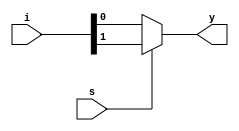
`timescale 1ns / 1ps
//////////////////////////////////////////////////////////////////////////////////
// Company: 
// Engineer: 
// 
// Design Name: 
// Module Name:    mux_2_1 
// Project Name: 
// Target Devices: 
// Tool versions: 
// Description: 
//
// Dependencies: 
//
// Revision: 
// Revision 0.01 - File Created
// Additional Comments: 
//
//////////////////////////////////////////////////////////////////////////////////
module mux_2_1(i,s,y);
    input [1:0] i;
    input s;
	 output y;
    reg y;
	 always@(i,s)
	 begin
		if(s==1'b0)
			y=i[0];
		else
			y=i[1];
	end
endmodule